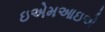
ઇએમઆઇએ